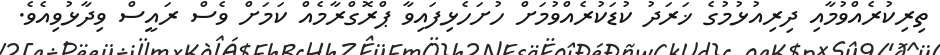
ތިރިކުރެއްވުމާއި ދިރިއުޅުމުގެ ޚަރަދު ކުޑަކުރެއްވުމަށް ހުށަހެޅިފައިވާ ޕްރޮގްރާމެއް ކަމަށް ވެސް ރައީސް ވިދާޅުވިއެވެ.